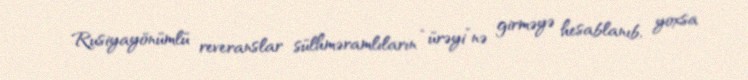
Rusiyayönümlü reveranslar sülhməramlıların “ürəyi”nə girməyə hesablanıb, yoxsa